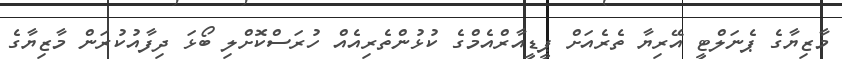
މާޒިޔާގެ ޕެނަލްޓީ އޭރިޔާ ތެރެއަށް ޕީޑީއާރްއެމްގެ ކުޅުންތެރިއެއް ހުރަސްކޮށްލި ބޯޅަ ދިފާއުކުރަން މާޒިޔާގެ